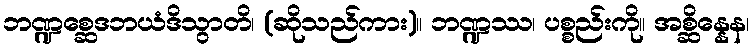
ဘဏ္ဍစ္ဆေဒဘယံဒိသွာတိ၊ (ဆိုသည်ကား)။ ဘဏ္ဍဿ၊ ပစ္စည်းကို။ အစ္ဆိန္နေန၊